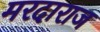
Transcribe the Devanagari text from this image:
मरदाराज